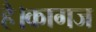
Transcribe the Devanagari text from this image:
है।कागज